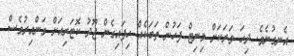
އެނގުނެވެ. ދިހަ ވަރަކަށް މިނިޓް ފަހުން ތަބަކެއް ހިފައިގެން ޖޫދު ކޮޓަރިއަށް ވަންއިރުވެސް